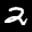
Label: 2